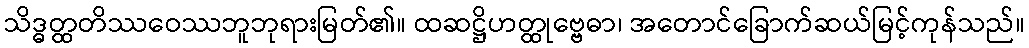
သိဒ္ဓတ္ထတိဿဝေဿဘူဘုရားမြတ်၏။ ထဆဋ္ဌိဟတ္ထုဗ္ဗေဓာ၊ အတောင်ခြောက်ဆယ်မြင့်ကုန်သည်။